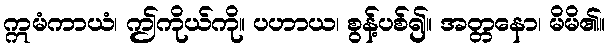
ဣမံကာယံ၊ ဤကိုယ်ကို။ ပဟာယ၊ စွန့်ပစ်၍။ အတ္တနော၊ မိမိ၏။